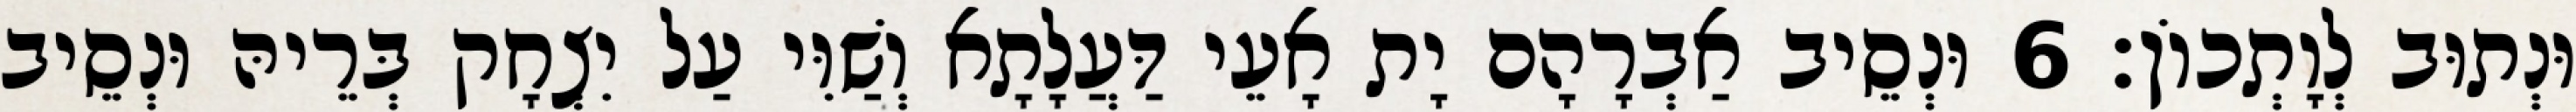
וּנְתוּב לְוָתְכוֹן׃ 6 וּנְסֵיב אַבְרָהָם יָת אָעֵי דַּעֲלָתָא וְשַׁוִּי עַל יִצְחָק בְּרֵיהּ וּנְסֵיב